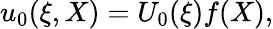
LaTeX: u_{0}(\xi,X)=U_{0}(\xi)f(X),